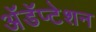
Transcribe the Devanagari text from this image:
अॅडॅप्टेशन